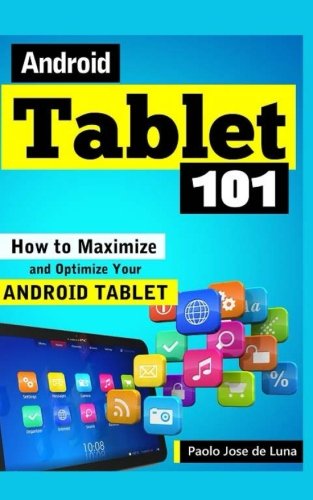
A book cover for Android Tablet 101: How to Maximize and Optimize Your Android Tablet; Paolo Jose de Luna; Computers & Technology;